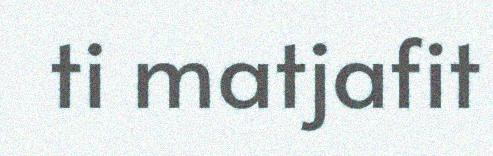
ti matjafit